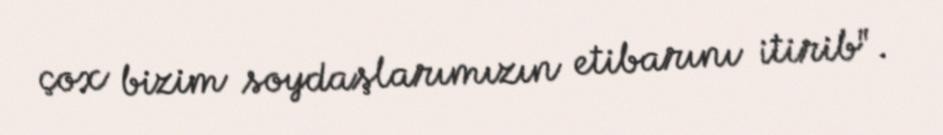
çox bizim soydaşlarımızın etibarını itirib".